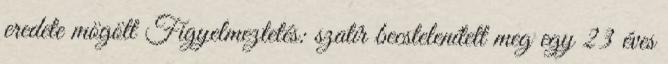
eredete mögött Figyelmeztetés: szatír becstelenített meg egy 23 éves